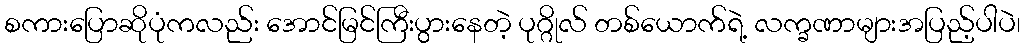
စကားပြောဆိုပုံကလည်း အောင်မြင်ကြီးပွားနေတဲ့ ပုဂ္ဂိုလ် တစ်ယောက်ရဲ့ လက္ခဏာများအပြည့်ပါပဲ၊